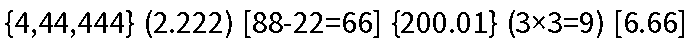
{4,44,444} (2.222) [88-22=66] {200.01} (3×3=9) [6.66]